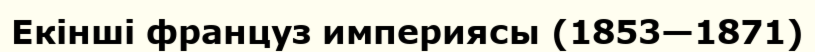
Екінші француз империясы (1853—1871)